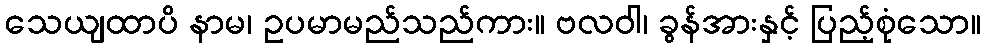
သေယျထာပိ နာမ၊ ဥပမာမည်သည်ကား။ ဗလဝါ၊ ခွန်အားနှင့် ပြည့်စုံသော။